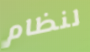
لنظام